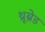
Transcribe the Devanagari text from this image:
थ्रूब्रेड